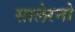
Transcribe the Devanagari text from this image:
सालेरनो